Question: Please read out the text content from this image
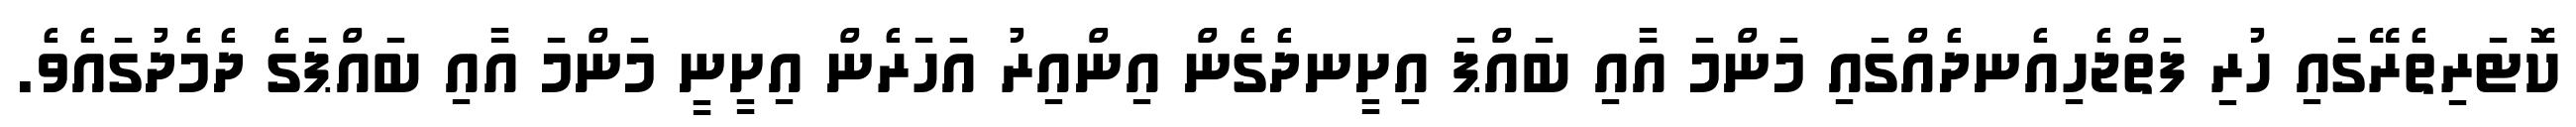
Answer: ކޮޓަރިތެރޭގައި ހުރި ފަތްޖެހިއެނދެއްގައި މަންމަ އާއި ބައްޕަ އިށީނދެގެން އިންއިރު އަހަރެން އިށީނީ މަންމަ އާއި ބައްޕަގެ ދެމެދުގައެވެ.